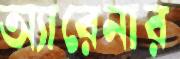
অ্যারেনার